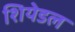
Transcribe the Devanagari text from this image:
शियेडल